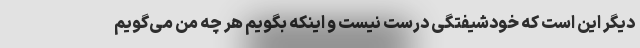
دیگر این است که خودشیفتگی درست نیست و اینکه بگویم هر چه من می‌گویم